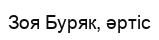
Зоя Буряк, әртіс